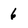
Character: 6